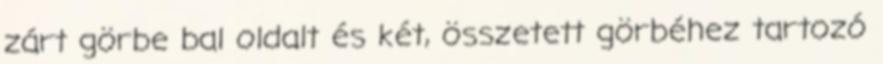
zárt görbe bal oldalt és két, összetett görbéhez tartozó